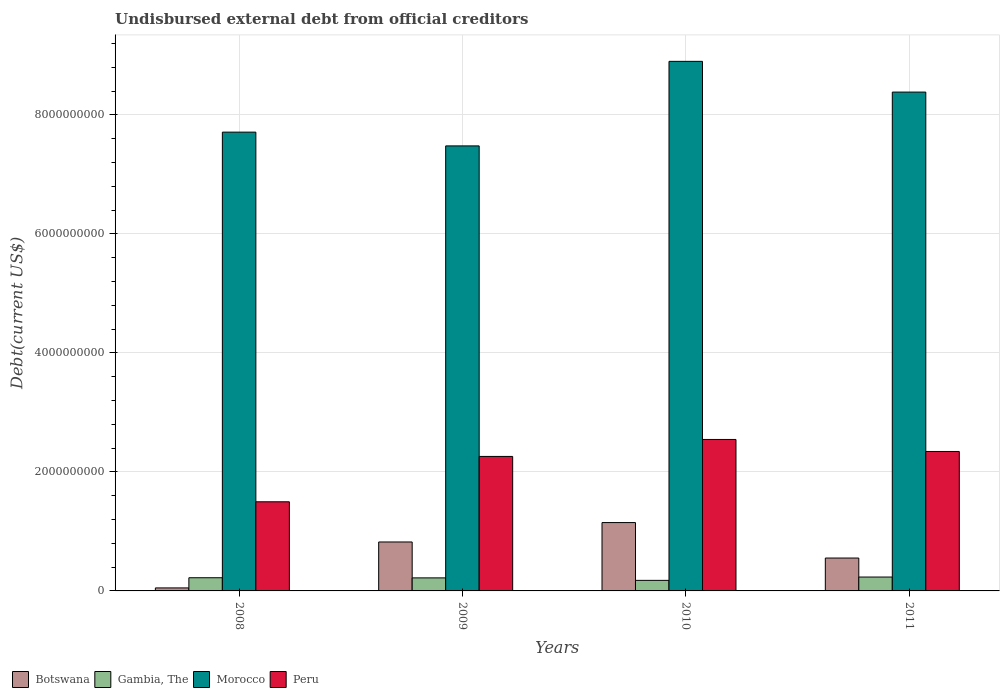
| Years | Botswana | Gambia, The | Morocco | Peru |
 | --- | --- | --- | --- | --- |
 | 2008 | 5.04e+07 | 2.21e+08 | 7.71e+09 | 1.5e+09 |
 | 2009 | 8.23e+08 | 2.19e+08 | 7.48e+09 | 2.26e+09 |
 | 2010 | 1.15e+09 | 1.77e+08 | 8.9e+09 | 2.55e+09 |
 | 2011 | 5.53e+08 | 2.33e+08 | 8.38e+09 | 2.34e+09 |